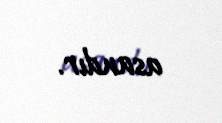
asandır.